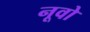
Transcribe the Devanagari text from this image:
नूवो